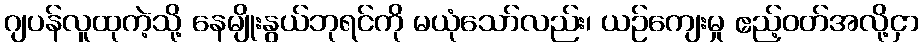
ဂျပန်လူထုကဲ့သို့ နေမျိုးနွယ်ဘုရင်ကို မယုံသော်လည်း၊ ယဉ်ကျေးမှု ဧည့်ဝတ်အလို့ငှာ